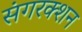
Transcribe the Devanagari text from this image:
संगरक्शन